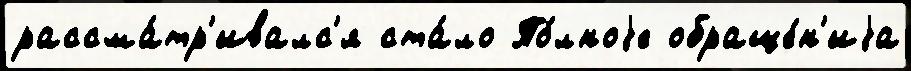
рассма́тр'ивалс'я ста́ло По́лноjе обраще́н'иjа